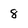
Character: 8